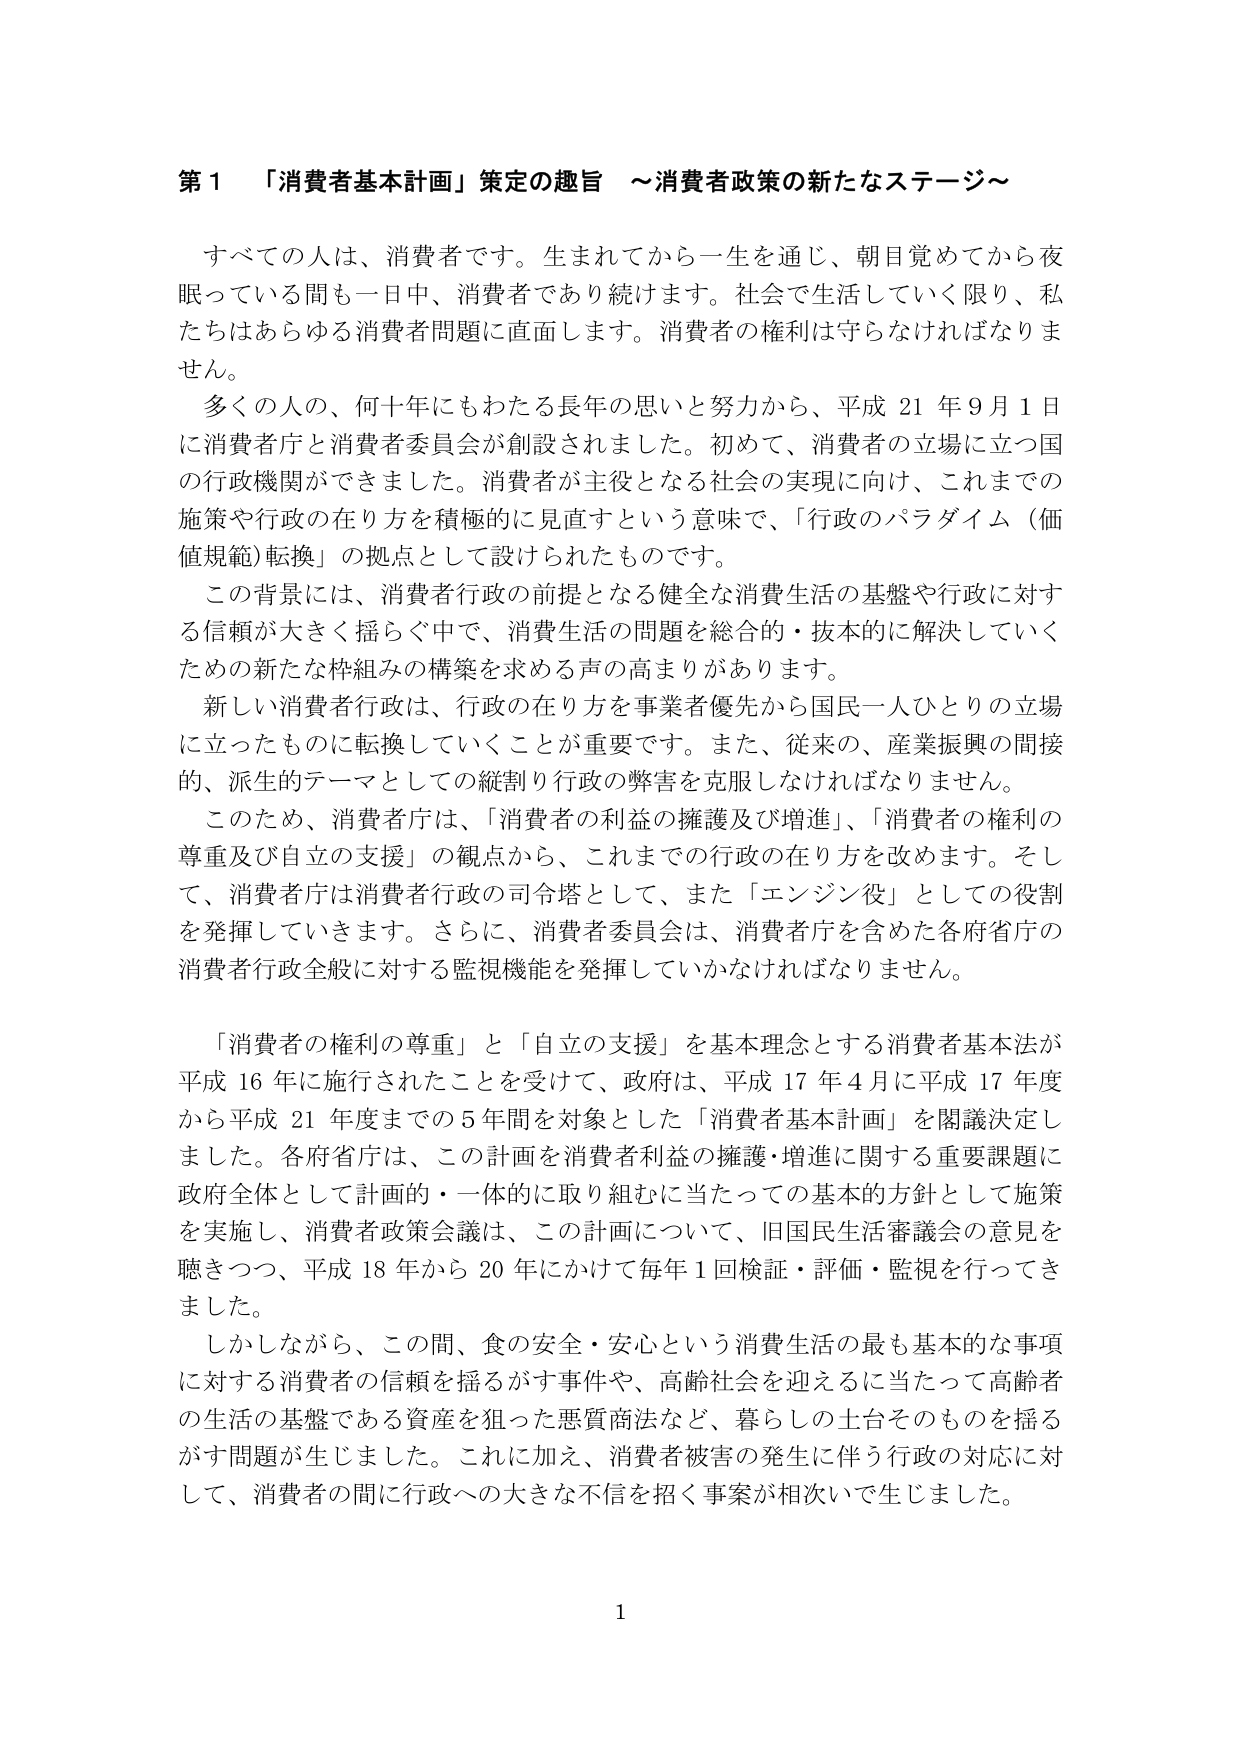
第１　「消費者基本計画」策定の趣旨　～消費者政策の新たなステージ～

すべての人は、消費者です。生まれてから一生を通じ、朝目覚めてから夜眠っている間も一日中、消費者であり続けます。社会で生活していく限り、私たちはあらゆる消費者問題に直面します。消費者の権利は守らなければなりません。

多くの人の、何十年にもわたる長年の思いと努力から、平成21年9月1日に消費者庁と消費者委員会が創設されました。初めて、消費者の立場に立つ国の行政機関ができました。消費者が主役となる社会の実現に向け、これまでの施策や行政の在り方を積極的に見直すという意味で、「行政のパラダイム（価値規範）転換」の拠点として設けられたものです。

この背景には、消費者行政の前提となる健全な消費生活の基盤や行政に対する信頼が大きく揺らぐ中で、消費生活の問題を総合的・抜本的に解決していくための新たな枠組みの構築を求める声の高まりがあります。

新しい消費者行政は、行政の在り方を事業者優先から国民一人ひとりの立場に立ったものに転換していくことが重要です。また、従来の、産業振興の間接的、派生的テーマとしての縦割り行政の弊害を克服しなければなりません。

このため、消費者庁は、「消費者の利益の擁護及び増進」、「消費者の権利の尊重及び自立の支援」の観点から、これまでの行政の在り方を改めます。そして、消費者庁は消費者行政の司令塔として、また「エンジン役」としての役割を発揮していきます。さらに、消費者委員会は、消費者庁を含めた各府省庁の消費者行政全般に対する監視機能を発揮していかなければなりません。

「消費者の権利の尊重」と「自立の支援」を基本理念とする消費者基本法が平成16年に施行されたことを受けて、政府は、平成17年4月に平成17年度から平成21年度までの5年間を対象とした「消費者基本計画」を閣議決定しました。各府省庁は、この計画を消費者利益の擁護・増進に関する重要課題に政府全体として計画的・一体的に取り組むに当たっての基本的方針として施策を実施し、消費者政策会議は、この計画について、旧国民生活審議会の意見を聴きつつ、平成18年から20年にかけて毎年1回検証・評価・監視を行ってきました。

しかしながら、この間、食の安全・安心という消費生活の最も基本的な事項に対する消費者の信頼を揺るがす事件や、高齢社会を迎えるに当たって高齢者の生活の基盤である資産を狙った悪質商法など、暮らしの土台そのものを揺るがす問題が生じました。これに加え、消費者被害の発生に伴う行政の対応に対して、消費者の間で行政への大きな不信を招く事案が相次いで生じました。

1